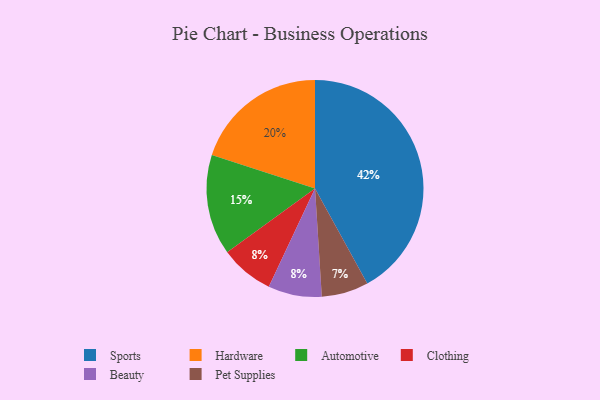
{"axis": {"x": "Category", "y": "Percentage"}, "legend": ["Automotive", "Beauty", "Clothing", "Hardware", "Pet Supplies", "Sports"], "data": [{"x": "Hardware", "y": 20, "type": "Hardware"}, {"x": "Sports", "y": 42, "type": "Sports"}, {"x": "Clothing", "y": 8, "type": "Clothing"}, {"x": "Pet Supplies", "y": 7, "type": "Pet Supplies"}, {"x": "Automotive", "y": 15, "type": "Automotive"}, {"x": "Beauty", "y": 8, "type": "Beauty"}]}